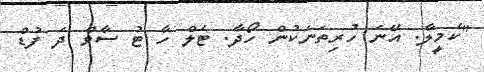
"ކެމީލާ. އޭނަ ހުރިތަނަކުން ހޯދާ. ޓެލް ހާ ޓު ސާވް ދަ ފުޑް